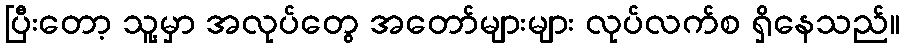
ပြီးတော့ သူ့မှာ အလုပ်တွေ အတော်များများ လုပ်လက်စ ရှိနေသည်။